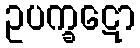
ဥပက္ခဋော